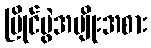
ပြိုင်ပွဲအမျိုးအစား